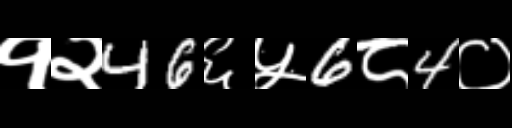
Text: १२46६५6८4०